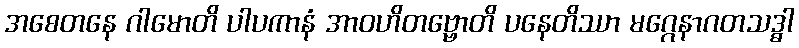
အစေတနေ ဂါမောတိ ပါပကာနံ အာဝဟိတဗ္ဗောတိ ပနေတိဿာ မဂ္ဂေနာဂတသဒ္ဓါ